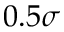
0 . 5 \sigma